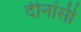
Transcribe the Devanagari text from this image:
दीनांसी